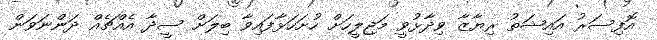
އޮފިސަރު އައިޝަތު ރިޔާޒާ ވިދާޅުވީ މަޖިލީހަށް ހުށަހަޅާފައިވާ ބިލަށް ސީދާ އެއްޗެއް ދަންނަވަން